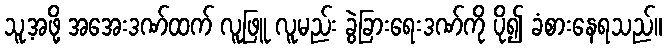
သူ့အဖို့ အအေးဒဏ်ထက် လူဖြူ လူမည်း ခွဲခြားရေးဒဏ်ကို ပို၍ ခံစားနေရသည်။